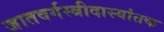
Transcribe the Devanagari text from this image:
जातवर्गस्त्रीदास्यांतक